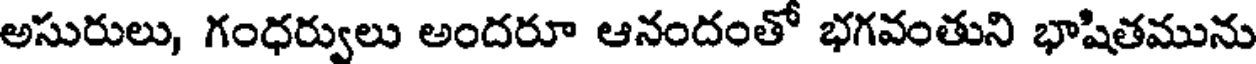
అసురులు, గంధర్వులు అందరూ ఆనందంతో భగవంతుని భాషితమును